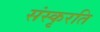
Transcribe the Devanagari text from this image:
संस्कृरति